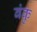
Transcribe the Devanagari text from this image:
बंकु